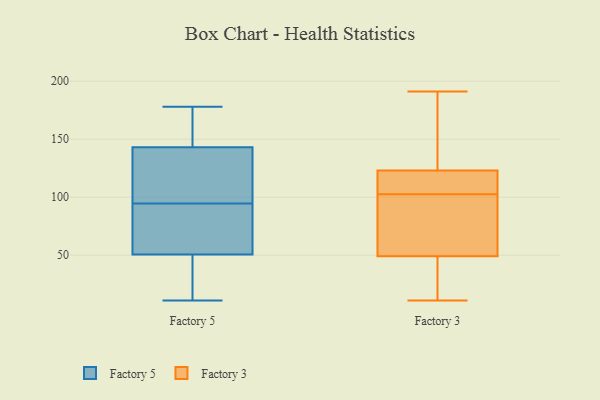
{"axis": {"x": "Revenue (USD Million)", "y": "Value"}, "legend": ["Factory 3", "Factory 5"], "data": [{"x": "", "y": 149, "type": "Factory 5"}, {"x": "", "y": 125, "type": "Factory 5"}, {"x": "", "y": 11, "type": "Factory 5"}, {"x": "", "y": 48, "type": "Factory 5"}, {"x": "", "y": 166, "type": "Factory 5"}, {"x": "", "y": 67, "type": "Factory 5"}, {"x": "", "y": 39, "type": "Factory 5"}, {"x": "", "y": 178, "type": "Factory 5"}, {"x": "", "y": 137, "type": "Factory 5"}, {"x": "", "y": 103, "type": "Factory 5"}, {"x": "", "y": 53, "type": "Factory 5"}, {"x": "", "y": 86, "type": "Factory 5"}, {"x": "", "y": 11, "type": "Factory 3"}, {"x": "", "y": 177, "type": "Factory 3"}, {"x": "", "y": 123, "type": "Factory 3"}, {"x": "", "y": 116, "type": "Factory 3"}, {"x": "", "y": 105, "type": "Factory 3"}, {"x": "", "y": 98, "type": "Factory 3"}, {"x": "", "y": 112, "type": "Factory 3"}, {"x": "", "y": 159, "type": "Factory 3"}, {"x": "", "y": 40, "type": "Factory 3"}, {"x": "", "y": 92, "type": "Factory 3"}, {"x": "", "y": 103, "type": "Factory 3"}, {"x": "", "y": 102, "type": "Factory 3"}, {"x": "", "y": 139, "type": "Factory 3"}, {"x": "", "y": 49, "type": "Factory 3"}, {"x": "", "y": 70, "type": "Factory 3"}, {"x": "", "y": 191, "type": "Factory 3"}, {"x": "", "y": 22, "type": "Factory 3"}, {"x": "", "y": 49, "type": "Factory 3"}]}